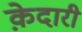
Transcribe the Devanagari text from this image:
क़ेदारी